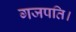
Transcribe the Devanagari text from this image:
गजपति।